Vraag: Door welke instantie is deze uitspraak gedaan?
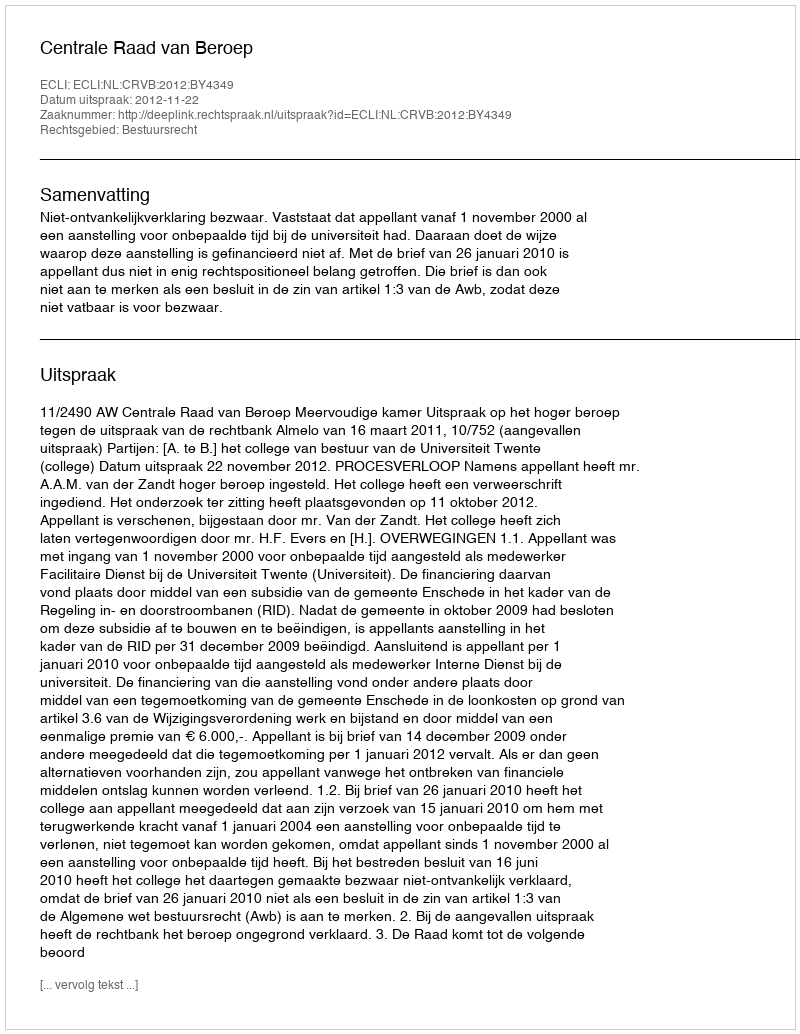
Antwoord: Centrale Raad van Beroep